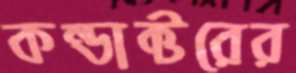
কন্ডাক্টরের